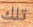
تلك